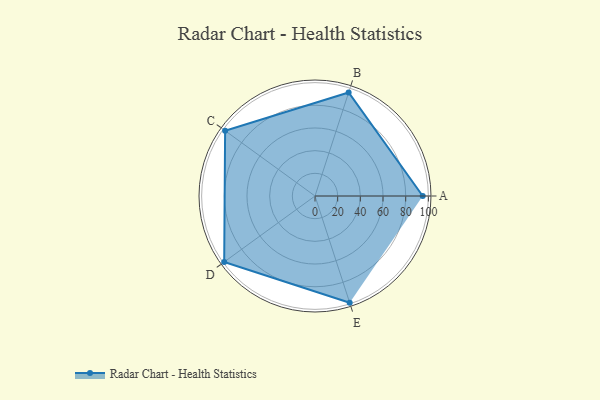
{"axis": {"x": "Skill", "y": "Score"}, "legend": ["Profile"], "data": [{"x": "A", "y": 95.0, "type": "Profile"}, {"x": "B", "y": 96.0, "type": "Profile"}, {"x": "C", "y": 98.0, "type": "Profile"}, {"x": "D", "y": 99, "type": "Profile"}, {"x": "E", "y": 99, "type": "Profile"}]}